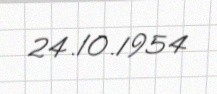
24.10.1954